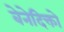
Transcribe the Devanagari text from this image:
बेनेदिक्तो